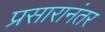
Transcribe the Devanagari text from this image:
प्रसारानंतर